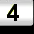
Digit: 3